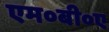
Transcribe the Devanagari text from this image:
एम०बी०ए